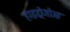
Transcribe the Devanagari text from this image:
हाइड्रोजोआ